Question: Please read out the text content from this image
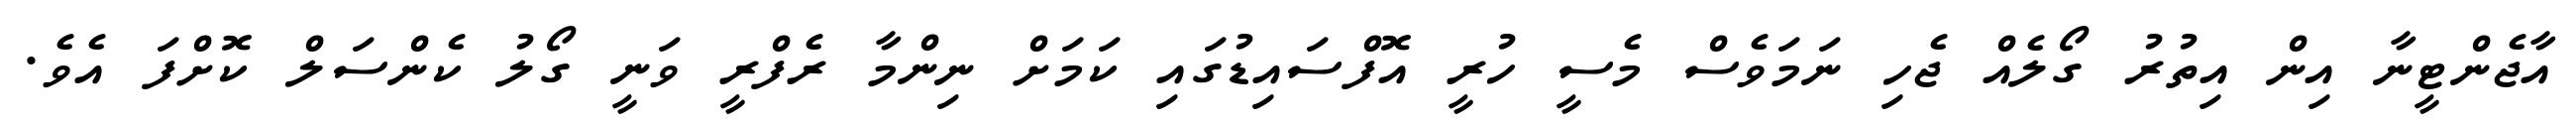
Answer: އާޖެންޓީނާ އިން އިތުރު ގޯލެއް ޖެހި ނަމަވެސް މެސީ ހުރީ އޮފްސައިޑުގައި ކަމަށް ނިންމާ ރެފްރީ ވަނީ ގޯލު ކެންސަލް ކޮށްފަ އެވެ.